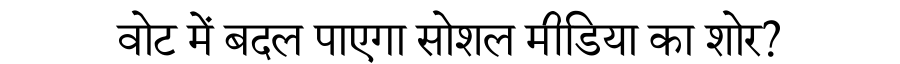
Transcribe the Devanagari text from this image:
वोट में बदल पाएगा सोशल मीडिया का शोर?